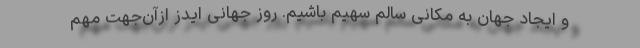
و ایجاد جهان به مکانی سالم سهیم باشیم. روز جهانی ایدز ازآن‌جهت مهم